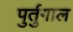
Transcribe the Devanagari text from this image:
पुर्तुगाल